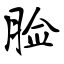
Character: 脸